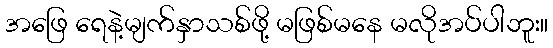
အဖြေ ရေနဲ့မျက်နှာသစ်ဖို့ မဖြစ်မနေ မလိုအပ်ပါဘူး။